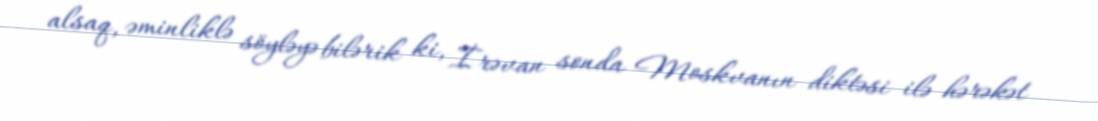
alsaq, əminliklə söyləyə bilərik ki, İrəvan sonda Moskvanın diktəsi ilə hərəkət